Indian Medical Review
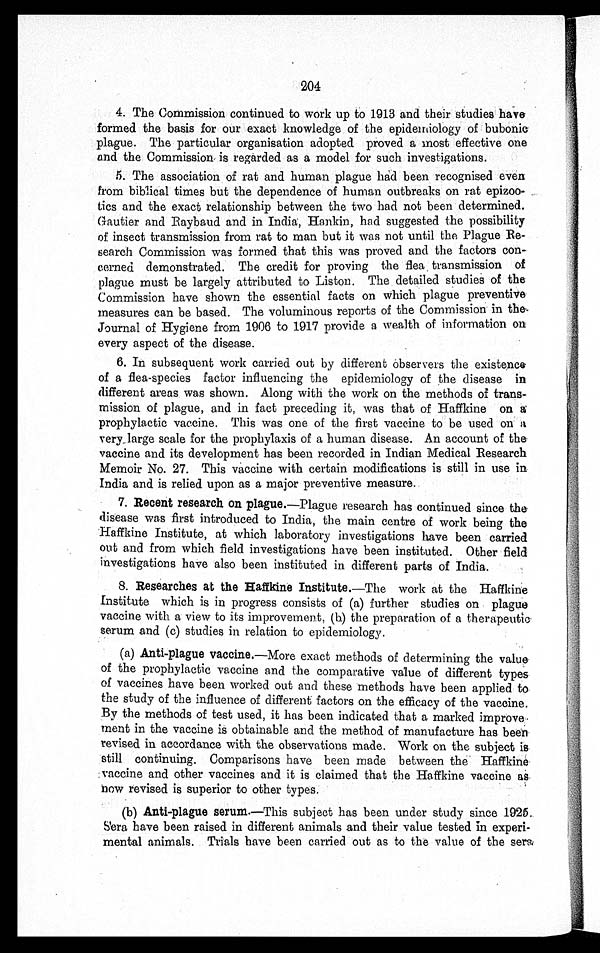
204
4. The Commission continued to work up to 1913 and their studies have
formed the basis for our exact knowledge of the epidemiology of bubonic
plague. The particular organisation adopted proved a most effective one
and the Commission is regarded as a model for such investigations.
5. The association of rat and human plague had been recognised even
from biblical times but the dependence of human outbreaks on rat epizoo-
tics and the exact relationship between the two had not been determined.
Gautier and Raybaud and in India, Hankin, had suggested the possibility
of insect transmission from rat to man but it was not until the Plague Re-
search Commission was formed that this was proved and the factors con-
cerned demonstrated. The credit for proving the flea transmission of
plague must be largely attributed to Liston. The detailed studies of the
Commission have shown the essential facts on which plague preventive
measures can be based. The voluminous reports of the Commission in the
Journal of Hygiene from 1906 to 1917 provide a wealth of information on
every aspect of the disease.
6. In subsequent work carried out by different observers the existence
of a flea-species factor influencing the epidemiology of the disease in
different areas was shown. Along with the work on the methods of trans-
mission of plague, and in fact preceding it, was that of Haffkine on a
prophylactic vaccine. This was one of the first vaccine to be used on it
very large scale for the prophylaxis of a human disease. An account of the
vaccine and its development has been recorded in Indian Medical Research
Memoir No. 27. This vaccine with certain modifications is still in use in
India and is relied upon as a major preventive measure.
7. Recent research on plague.—Plague research has continued since the
disease was first introduced to India, the main centre of work being the
Haffkine Institute, at which laboratory investigations have been carried
out and from which field investigations have been instituted. Other field
investigations have also been instituted in different parts of India.
8. Researches at the Haffkine Institute.—The work at the Haffkine
Institute which is in progress consists of (a) further studies on plague
vaccine with a view to its improvement, (b) the preparation of a therapeutic.
serum and (c) studies in relation to epidemiology.
(a) Anti-plague vaccine.—More exact methods of determining the value
of the prophylactic vaccine and the comparative value of different types
of vaccines have been worked out and these methods have been applied to
the study of the influence of different factors on the efficacy of the vaccine.
By the methods of test used, it has been indicated that a marked improve-
ment in the vaccine is obtainable and the method of manufacture has been
revised in accordance with the observations made. Work on the subject is
still continuing. Comparisons have been made between the Haffkine
vaccine and other vaccines and it is claimed that the Haffkine vaccine
now revised is superior to other types.
(b) Anti-plague serum.—This subject has been under study since 1925.
Sera have been raised in different animals and their value tested in experi-
- m e n t a l a n i m a l s . T r i a l s h a v e b e e n c a r r i e d o u t a s t o t h e v a l u e o f t h e s e r a